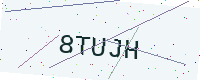
Text: 8TUJH